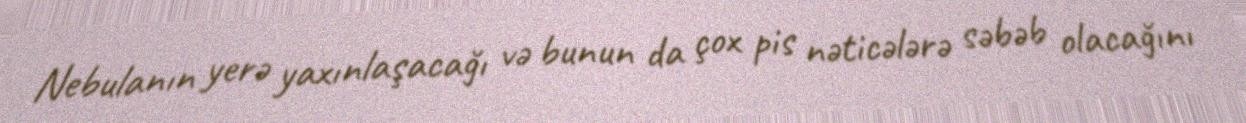
Nebulanın yerə yaxınlaşacağı və bunun da çox pis nəticələrə səbəb olacağını